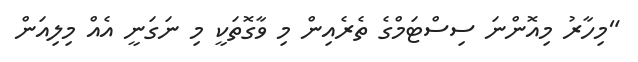
"މިހާރު މިއޮންނަ ސިސްޓަމްގެ ތެރެއިން މި ވާގޮތަކީ މި ނަގަނީ އެއް މިލިއަން